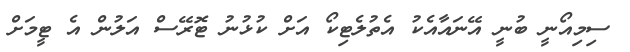
ސިމިއޯނީ ބުނީ އޭނައާއެކު އެތުލެޓިކޯ އަށް ކުޅުނު ޓޮރޭސް އަލުން އެ ޓީމަށް